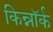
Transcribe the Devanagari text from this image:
किन्नॉर्क